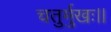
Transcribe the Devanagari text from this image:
चतुर्मुखः।।